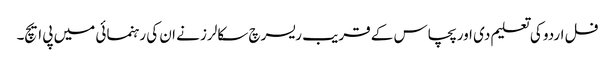
فل اردو کی تعلیم دی اور پچاس کے قریب ریسرچ سکالرز نے ان کی رہنمائی میں پی ایچ۔